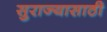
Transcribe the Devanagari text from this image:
सुराज्यासाठी